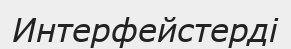
Интерфейстерді